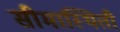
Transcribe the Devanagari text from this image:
सीमास्थिती